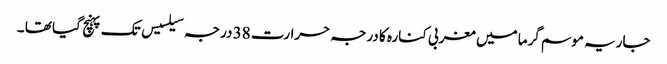
جاریہ موسم گرما میں مغربی کنارہ کا درجہ حرارت 38 درجہ سیلسیس تک پہنچ گیا تھا ۔